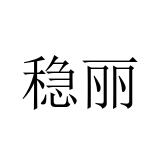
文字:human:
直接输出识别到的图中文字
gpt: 稳丽